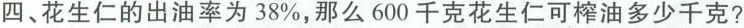
四、花生仁的出油率为38\%，那么600千克花生仁可榨油多少千克?